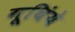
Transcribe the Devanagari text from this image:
गूथिंये